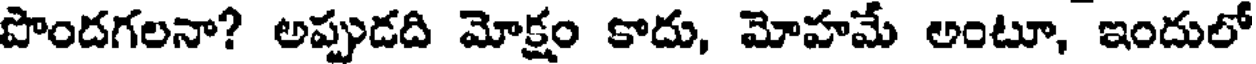
పొందగలనా? అప్పుడది మోక్షం కాదు, మోహమే అంటూ, ఇందులో